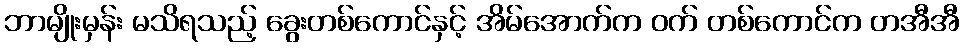
ဘာမျိုးမှန်း မသိရသည့် ခွေးတစ်ကောင်နှင့် အိမ်အောက်က ဝက် တစ်ကောင်က တအီအီ